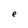
Character: e